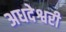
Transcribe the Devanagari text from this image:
अधदेश्वरी